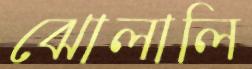
ঝোলালি